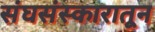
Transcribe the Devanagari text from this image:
संघसंस्कारातून